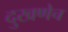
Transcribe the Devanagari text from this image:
दुखणेच